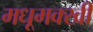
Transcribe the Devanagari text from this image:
मधूमक्खी